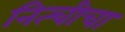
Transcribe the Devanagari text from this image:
नित्चीचा